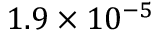
1 . 9 \times 1 0 ^ { - 5 } ~ \